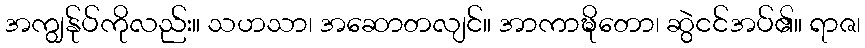
အကျွန်ုပ်ကိုလည်း။ သဟသာ၊ အဆောတလျင်။ အာကာဍ္ဎိတော၊ ဆွဲငင်အပ်၏။ ရာဇ၊